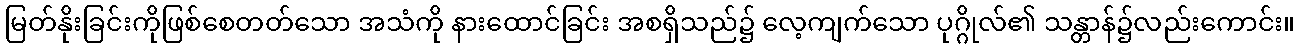
မြတ်နိုးခြင်းကိုဖြစ်စေတတ်သော အသံကို နားထောင်ခြင်း အစရှိသည်၌ လေ့ကျက်သော ပုဂ္ဂိုလ်၏ သန္တာန်၌လည်းကောင်း။